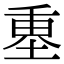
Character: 𡍴